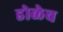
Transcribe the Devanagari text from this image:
डोळेच